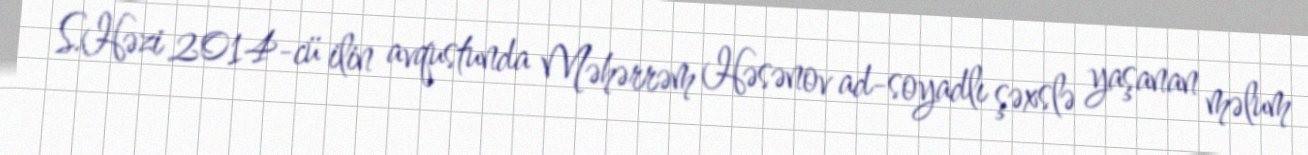
S.Həzi 2014-cü ilin avqustunda Məhərrəm Həsənov ad-soyadlı şəxslə yaşanan məlum